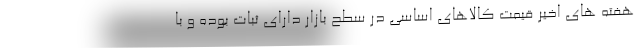
هفته های اخیر قیمت کالاهای اساسی در سطح بازار دارای ثبات بوده و با